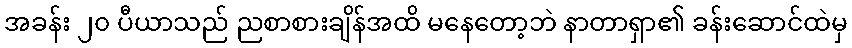
အခန်း ၂၀ ပီယာသည် ညစာစားချိန်အထိ မနေတော့ဘဲ နာတာရှာ၏ ခန်းဆောင်ထဲမှ